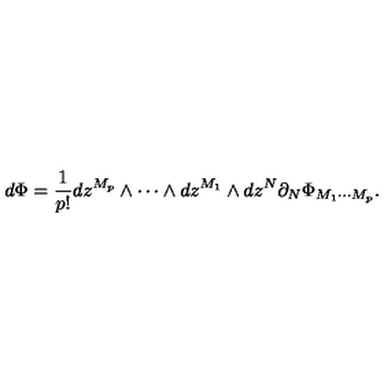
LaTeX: d \Phi = \frac { 1 } { p ! } d z ^ { M _ { p } } \wedge \cdots \wedge d z ^ { M _ { 1 } } \wedge d z ^ { N } \partial _ { N } \Phi _ { M _ { 1 } \cdots M _ { p } } .